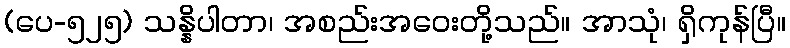
(ပေ-၅၂၅) သန္နိပါတာ၊ အစည်းအဝေးတို့သည်။ အာသုံ၊ ရှိကုန်ပြီ။